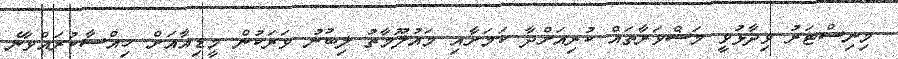
މިނިސްޓަރު ވިދާޅުވީ މަޝްވަރާތައް ކުރިއަށްދާ ކަމަށާއި މައުލޫމާތު ލިބުނު ވަރަކުން މީޑިއާއަށް ހިއްސާކުރައްވާނެ